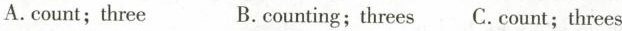
A.count;three B.counting;threes C.count;threes